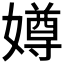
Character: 𫱵